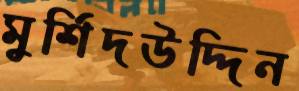
মুর্শিদউদ্দিন